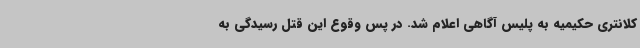
کلانتری حکیمیه به پلیس آگاهی اعلام شد. در پس وقوع این قتل رسیدگی به